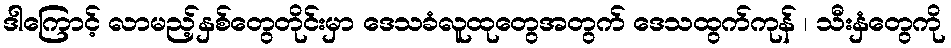
ဒါကြောင့် လာမည့်နှစ်တွေတိုင်းမှာ ဒေသခံလူထုတွေအတွက် ဒေသထွက်ကုန် ၊ သီးနှံတွေကို